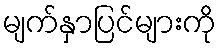
မျက်နှာပြင်များကို